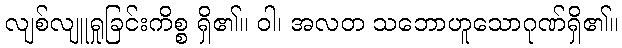
လျစ်လျူရှုခြင်းကိစ္စ ရှိ၏။ ဝါ၊ အလတ သဘောဟူသောဂုဏ်ရှိ၏။